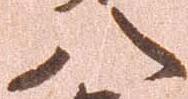
八